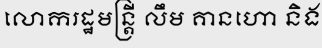
លោករដ្ឋមន្ត្រី លឹម គានហោ និង